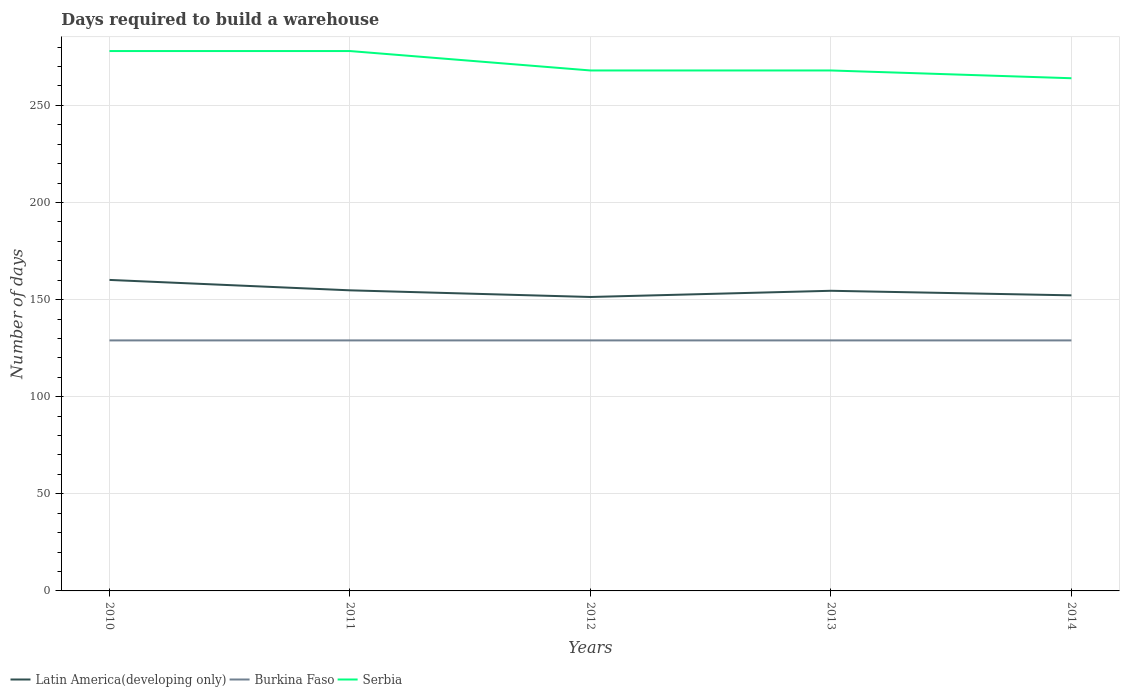
| Years | Latin America(developing only) | Burkina Faso | Serbia |
 | --- | --- | --- | --- |
 | 2010 | 160 | 129 | 278 |
 | 2011 | 155 | 129 | 278 |
 | 2012 | 151 | 129 | 268 |
 | 2013 | 155 | 129 | 268 |
 | 2014 | 152 | 129 | 264 |